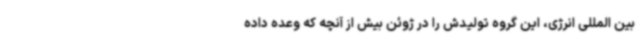
بین المللی انرژی، این گروه تولیدش را در ژوئن بیش از آنچه که وعده داده